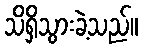
သိရှိသွားခဲ့သည်။